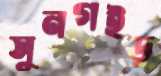
সুনগইড়